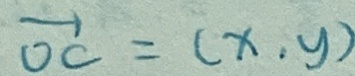
\overrightarrow { O C } = ( x , y )